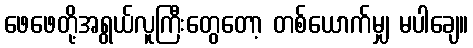
ဖေဖေတို့အရွယ်လူကြီးတွေတော့ တစ်ယောက်မျှ မပါချေ။